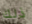
ذلك